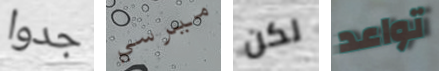
جدوا ميرسي لكن تواعد